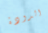
الدودة